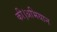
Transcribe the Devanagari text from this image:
की।अभियान